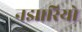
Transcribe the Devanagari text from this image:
नझारियो